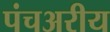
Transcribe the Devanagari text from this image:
पंचअरीय